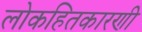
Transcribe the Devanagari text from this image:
लोकहितकारणी